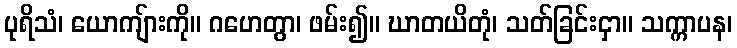
ပုရိသံ၊ ယောကျ်ားကို။ ဂဟေတွာ၊ ဖမ်း၍။ ဃာတယိတုံ၊ သတ်ခြင်းငှာ။ သက္ကာပန၊